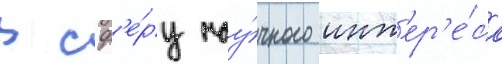
В сф'е́ру нау́чного инт'ер'е́са